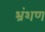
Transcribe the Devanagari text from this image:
भ्रंशण